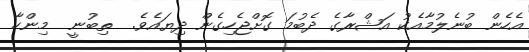
އެހެން ބުނެލުމާއެކު އަޝްރާގެ ދެބުމަ ގޮށްޖެހިގެން ދިޔައެވެ.  ތިބުނީ  މިންހާ